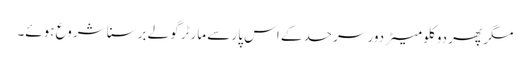
مگر پھر دو کلو میٹر دور سرحد کے اس پار سے مارٹر گولے برسنا شروع ہوئے۔